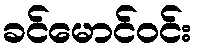
ခင်မောင်ဝင်း